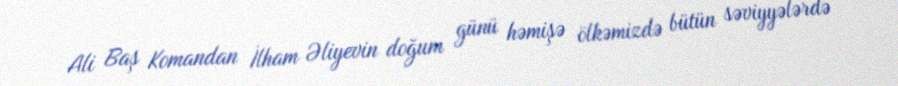
Ali Baş Komandan İlham Əliyevin doğum günü həmişə ölkəmizdə bütün səviyyələrdə